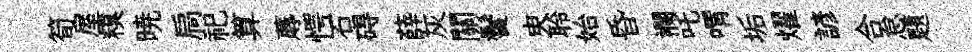
筍屋糗暁扃祀算蓐愕石碍薛灰關鬢㬰聆始昏襴吒喟垢燿諺合怠題